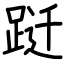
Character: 跹